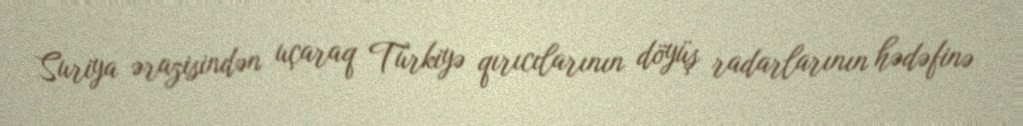
Suriya ərazisindən uçaraq Türkiyə qırıcılarının döyüş radarlarının hədəfinə